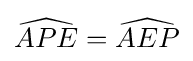
{\widehat {APE}}={\widehat {AEP}}